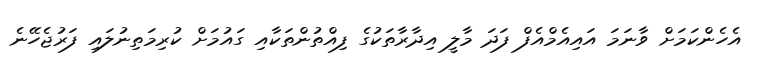
އެހެންކަމަށް ވާނަމަ އައިއެމްއެފް ފަދަ މާލީ އިދާރާތަކުގެ ފިއްތުންތަކާއި ގައުމަށް ކުރިމަތިނުލައި ފަރުޖެހޭނެ